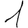
Digit: 1